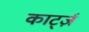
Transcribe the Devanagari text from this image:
कार्ट्ज़